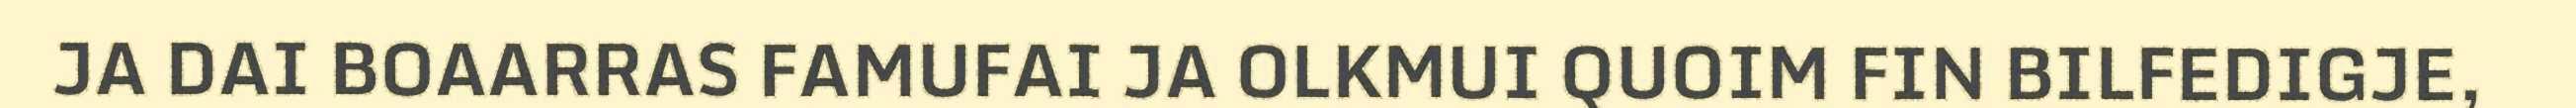
JA DAI BOAARRAS FAMUFAI JA OLKMUI QUOIM FIN BILFEDIGJE,